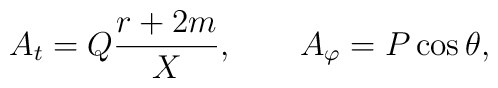
A_t= Q{r+2m\over X},\qquad A_\varphi = P \cos\theta,